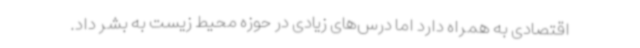
اقتصادی به همراه دارد اما درس‌های زیادی در حوزه محیط زیست به بشر داد.